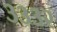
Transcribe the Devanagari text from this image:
३३३२